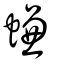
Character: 螊